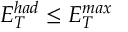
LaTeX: E _ { T } ^ { h a d } \leq E _ { T } ^ { m a x }